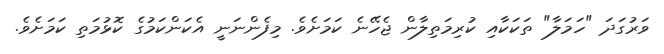
ވަރުގަދަ "ހަމަލާ" ތަކަކާއި ކުރިމަތިލާން ޖެހޭނެ ކަމަށެވެ. މިފެންނަނީ އެކަންކަމުގެ ކޮޅުމަތި ކަމަށެވެ.